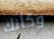
وكأنك